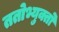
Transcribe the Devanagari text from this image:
ततोभ्युक्तो